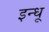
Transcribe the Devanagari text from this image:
इन्धू